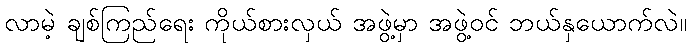
လာမဲ့ ချစ်ကြည်ရေး ကိုယ်စားလှယ် အဖွဲ့မှာ အဖွဲ့ဝင် ဘယ်နှယောက်လဲ။